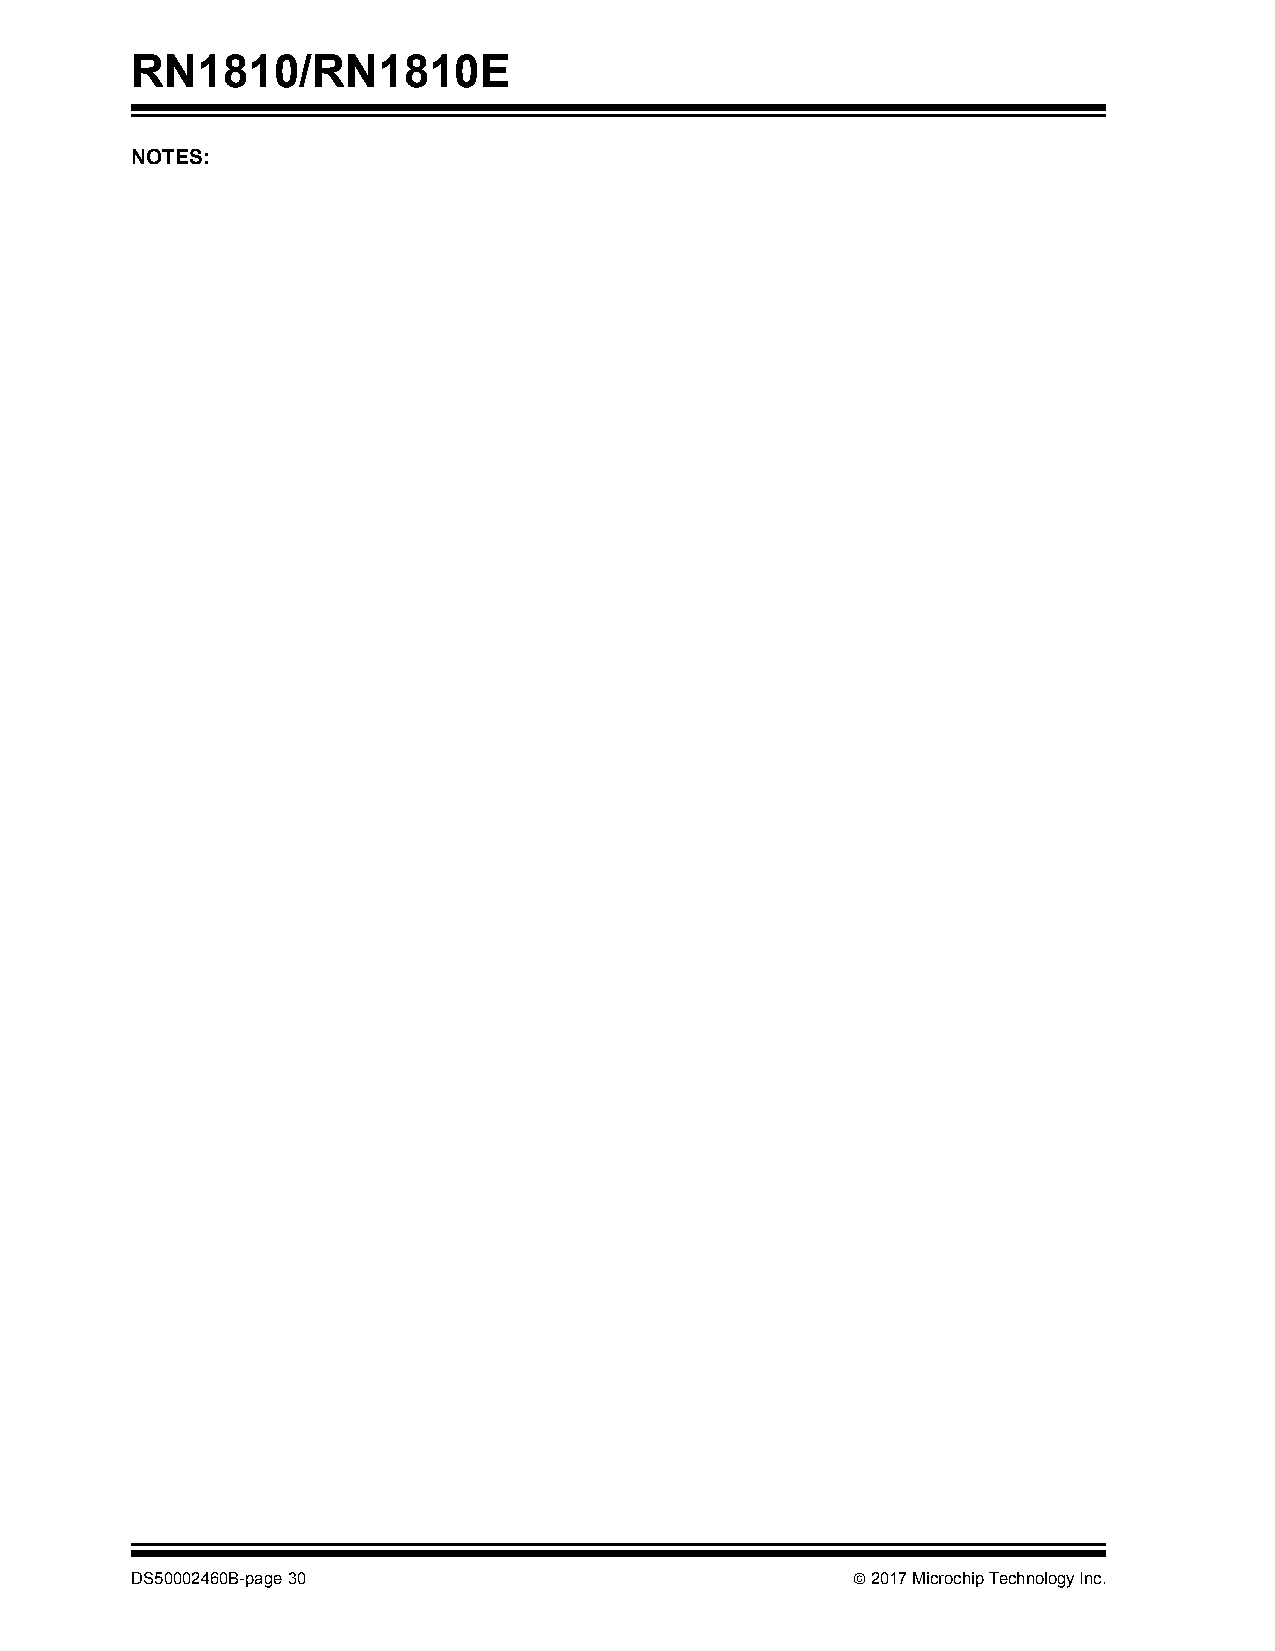
RN1810/RN1810E
 NOTES:
 DS50002460B-page 30                             2017 Microchip Technology Inc.